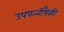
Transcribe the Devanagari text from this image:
उपपत्‍नींपैकी